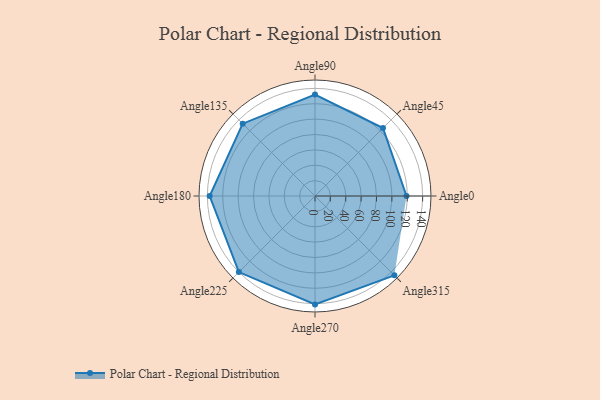
{"axis": {"x": "Angle", "y": "Radius"}, "legend": [""], "data": [{"x": "Angle0", "y": 119.0, "type": ""}, {"x": "Angle45", "y": 125.0, "type": ""}, {"x": "Angle90", "y": 132.0, "type": ""}, {"x": "Angle135", "y": 133.0, "type": ""}, {"x": "Angle180", "y": 137.0, "type": ""}, {"x": "Angle225", "y": 140.0, "type": ""}, {"x": "Angle270", "y": 141.0, "type": ""}, {"x": "Angle315", "y": 146.0, "type": ""}]}